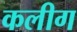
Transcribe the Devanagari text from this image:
कलीग